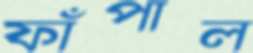
ফাঁপাল